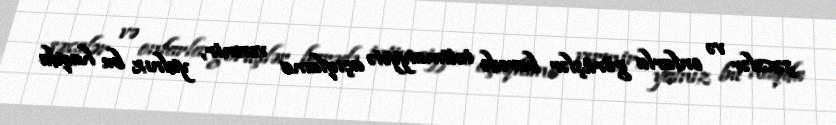
şəxslər və onlarla görüşlər barədə ictimaiyyətə açıqlama vermir, yalnız bu haqda